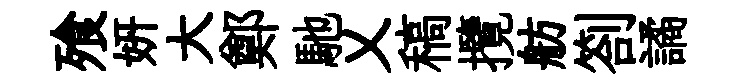
飱妍大鄭馳乂稿攬舫劄譎